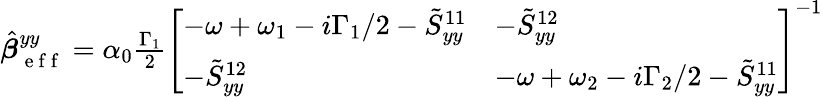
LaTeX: \begin{array}{r}{\hat{\boldsymbol{\beta}}_{\mathrm{~e~f~f~}}^{yy}=\alpha_{0}\frac{\Gamma_{1}}{2}\left[\begin{array}{ll}{-\omega+\omega_{1}-i\Gamma_{1}/2-\tilde{S}_{yy}^{11}}&{-\tilde{S}_{yy}^{12}}\\ {-\tilde{S}_{yy}^{12}}&{-\omega+\omega_{2}-i\Gamma_{2}/2-\tilde{S}_{yy}^{11}}\end{array}\right]^{-1}}\end{array}